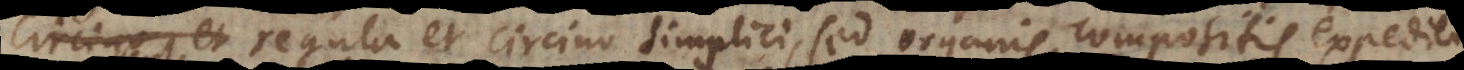
regula et circino simplici, sed organis compositis expedien